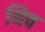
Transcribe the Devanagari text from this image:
थिच